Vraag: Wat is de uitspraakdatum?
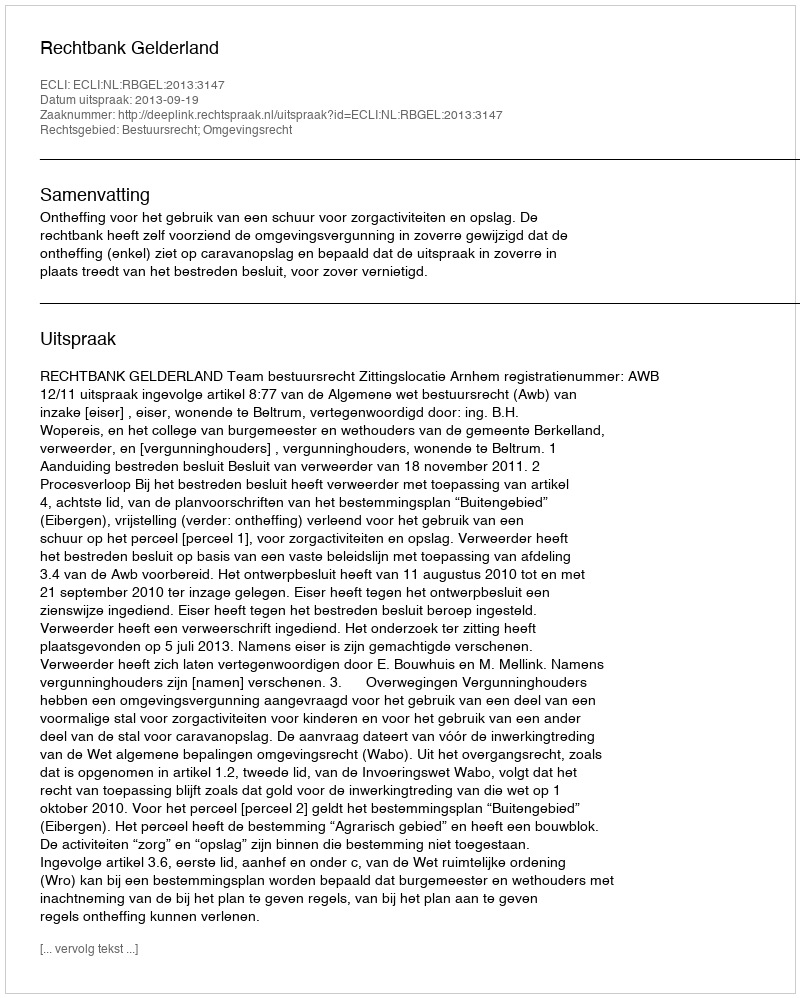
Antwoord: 2013-09-19